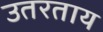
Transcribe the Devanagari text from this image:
उतरताय